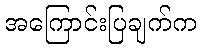
အကြောင်းပြချက်က